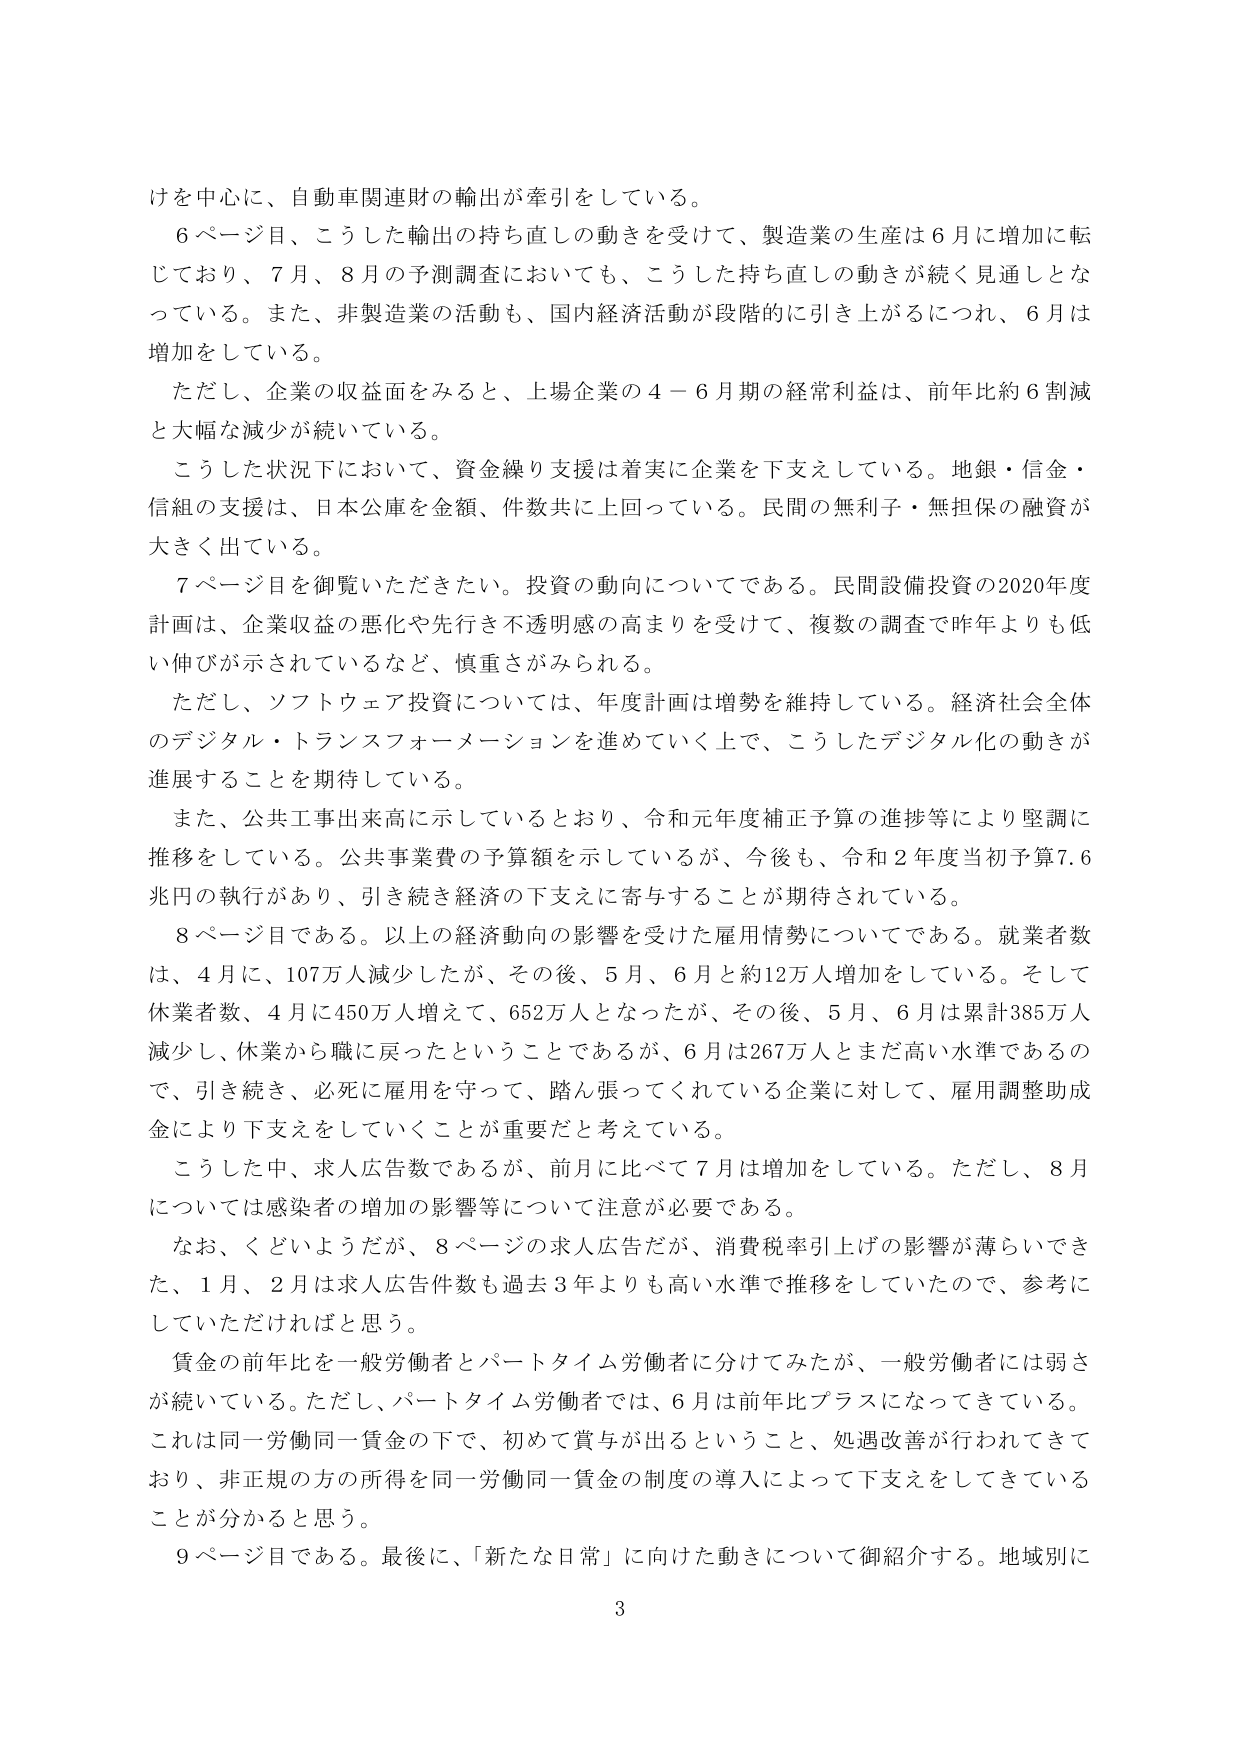
けを中心に、自動車関連財の輸出が牽引をしている。

６ページ目、こうした輸出の持ち直しの動きを受けて、製造業の生産は６月に増加に転じており、７月、８月の予測調査においても、こうした持ち直しの動きが続く見通しとなっている。また、非製造業の活動も、国内経済活動が段階的に引き上がるにつれ、６月は増加をしている。

ただし、企業の収益面をみると、上場企業の４－６月期の経常利益は、前年比約６割減と大幅な減少が続いている。

こうした状況下において、資金繰り支援は着実に企業を下支えしている。地銀・信金・信組の支援は、日本公庫を金額、件数共に上回っている。民間の無利子・無担保の融資が大きく出ている。

７ページ目を御覧いただきたい。投資の動向についてである。民間設備投資の2020年度計画は、企業収益の悪化や先行き不透明感の高まりを受けて、複数の調査で昨年よりも低い伸びが示されているなど、慎重さがみられる。

ただし、ソフトウェア投資については、年度計画は増勢を維持している。経済社会全体のデジタル・トランスフォーメーションを進めていく上で、こうしたデジタル化の動きが進展することを期待している。

また、公共工事出来高に示しているとおり、令和元年度補正予算の進捗等により堅調に推移をしている。公共事業費の予算額を示しているが、今後も、令和２年度当初予算7.6兆円の執行があり、引き続き経済の下支えに寄与することが期待されている。

８ページ目である。以上の経済動向の影響を受けた雇用情勢についてである。就業者数は、４月に、107万人減少したが、その後、５月、６月と約12万人増加をしている。そして休業者数、４月に450万人増えて、652万人となったが、その後、５月、６月は累計385万人減少し、休業から職に戻ったということであるが、６月は267万人とまだ高い水準であるので、引き続き、必死に雇用を守って、踏ん張ってくれている企業に対して、雇用調整助成金により下支えをしていくことが重要だと考えている。

こうした中、求人広告数であるが、前月に比べて７月は増加をしている。ただし、８月については感染者の増加の影響等について注意が必要である。

なお、くどいようだが、８ページの求人広告だが、消費税率引上げの影響が薄らいできた、１月、２月は求人広告件数も過去３年よりも高い水準で推移をしていたので、参考にしていただければと思う。

賃金の前年比を一般労働者とパートタイム労働者に分けてみたが、一般労働者には弱さが続いている。ただし、パートタイム労働者では、６月は前年比プラスになってきている。これは同一労働同一賃金の下で、初めて賞与が出るということ、処遇改善が行われてきており、非正規の方の所得を同一労働同一賃金の制度の導入によって下支えをしてきていることが分かると思う。

９ページ目である。最後に、「新たな日常」に向けた動きについて御紹介する。地域別に

3